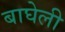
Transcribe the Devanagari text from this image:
बाघेली